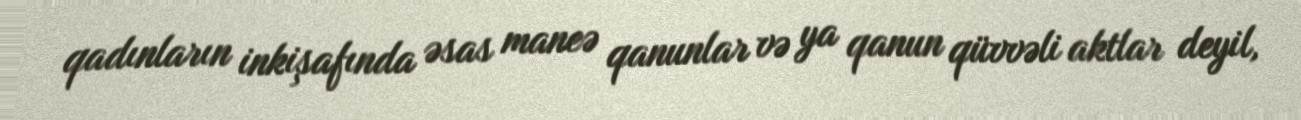
qadınların inkişafında əsas maneə qanunlar və ya qanun qüvvəli aktlar deyil,